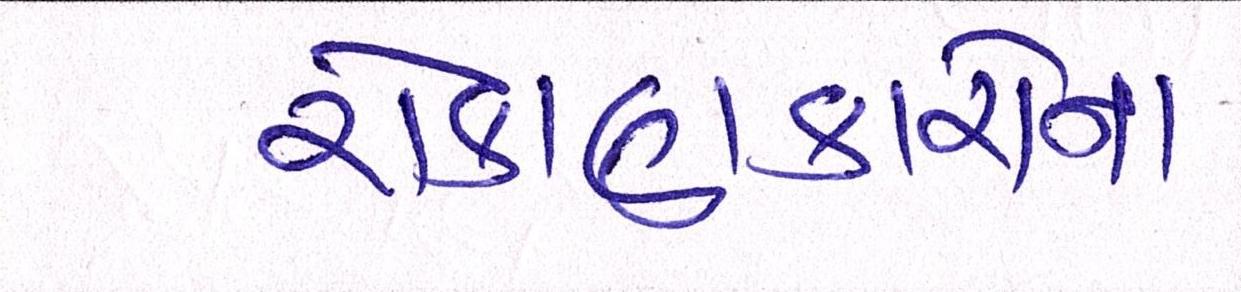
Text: રોકાણકારોના